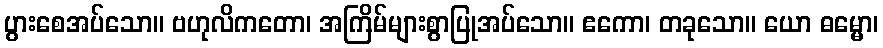
ပွားစေအပ်သော။ ဗဟုလိကတော၊ အကြိမ်များစွာပြုအပ်သော။ ဧကော၊ တခုသော။ ယော ဓမ္မော၊